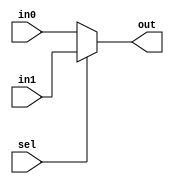
module mux2x1 #(parameter n = 32)(
    input wire sel,
    input wire [n-1:0] in0, in1,
    output reg [n-1:0] out
);

// Use a conditional assignment instead of an always block
always @* begin
    out = (sel) ? in1 : in0;
end

endmodule